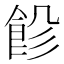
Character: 𩚺